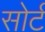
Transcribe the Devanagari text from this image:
सोर्ट